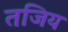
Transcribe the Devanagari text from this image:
तजिय